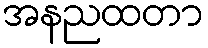
အနညထတာ